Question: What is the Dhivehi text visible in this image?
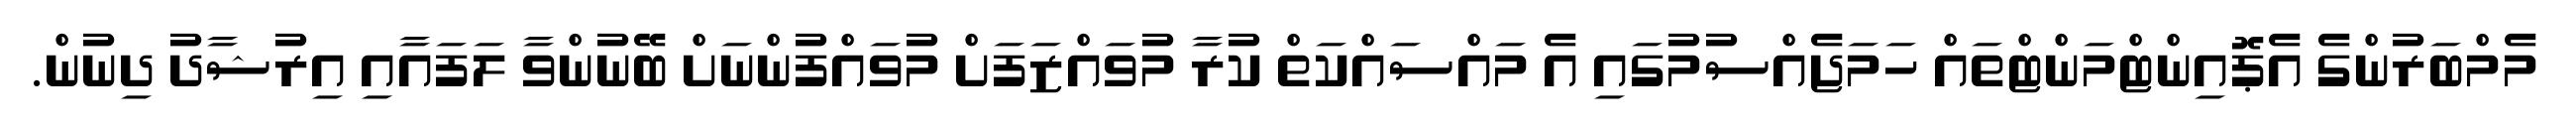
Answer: މެމްބަރުންގެ އެޕޮއިންޓްމަންޓްތައް ހަމަޖެއްސުމުގައި އެ މައްސައްކަތް ކުރާ މުވައްޒަފަށް މުވައްފުންނަށް ބޭނުންވާ ލަފައާއި އިރުޝާދު ދިނުން.